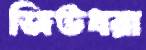
জিউধরা